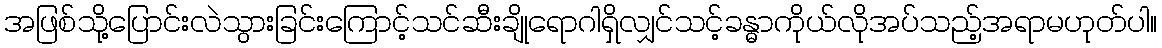
အဖြစ်သို့ပြောင်းလဲသွားခြင်းကြောင့်သင်ဆီးချိုရောဂါရှိလျှင်သင့်ခန္ဓာကိုယ်လိုအပ်သည့်အရာမဟုတ်ပါ။